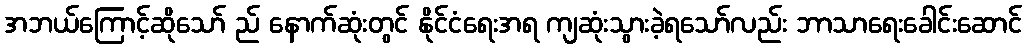
အဘယ်ကြောင့်ဆိုသော် ည် နောက်ဆုံးတွင် နိုင်ငံရေးအရ ကျဆုံးသွားခဲ့ရသော်လည်း ဘာသာရေးခေါင်းဆောင်